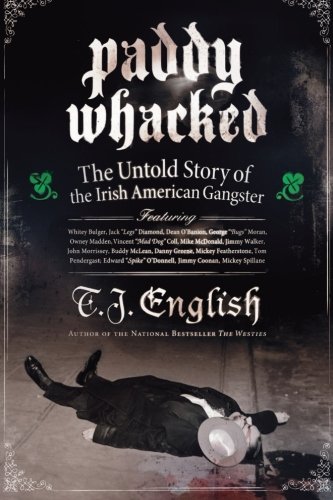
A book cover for Paddy Whacked: The Untold Story of the Irish American Gangster; T. J. English; Biographies & Memoirs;